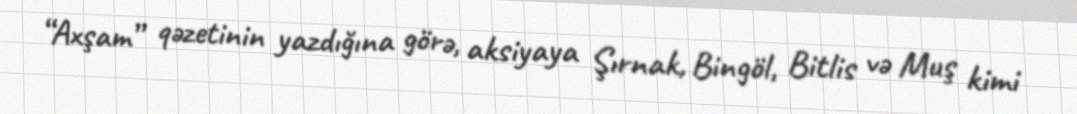
“Axşam” qəzetinin yazdığına görə, aksiyaya Şırnak, Bingöl, Bitlis və Muş kimi